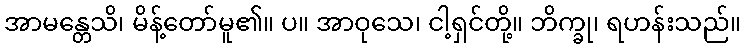
အာမန္တေသိ၊ မိန့်တော်မူ၏။ ပ။ အာဝုသေ၊ ငါ့ရှင်တို့။ ဘိက္ခု၊ ရဟန်းသည်။